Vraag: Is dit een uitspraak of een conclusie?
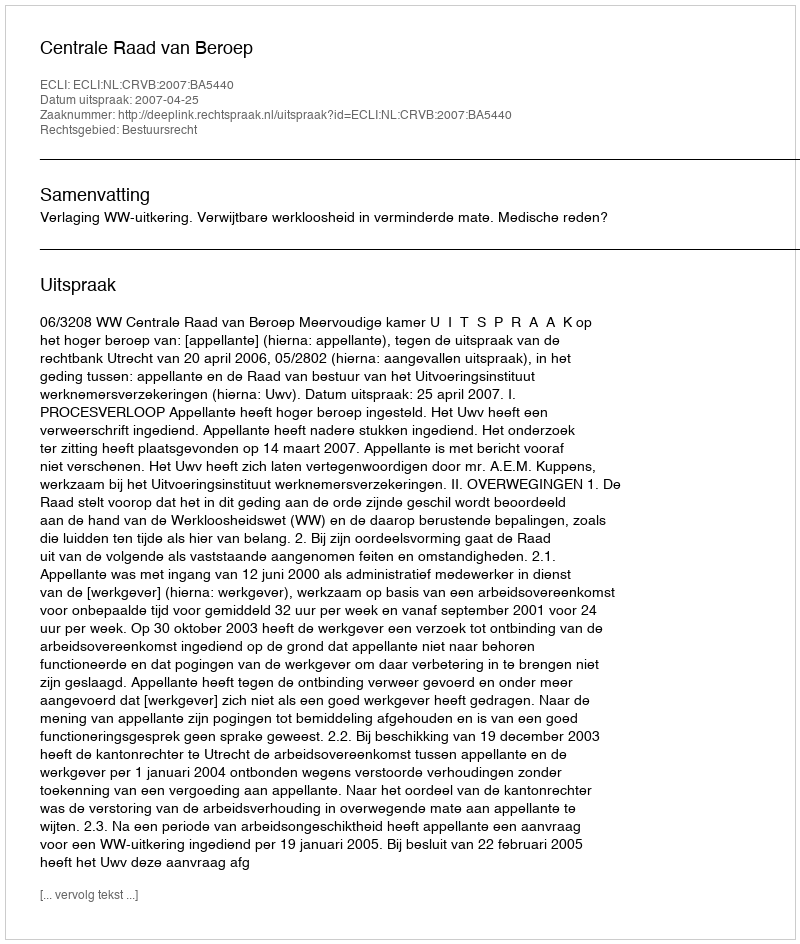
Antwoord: Uitspraak